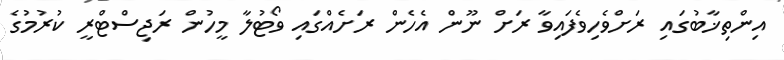
އިންތިޚާބުގައި ރަށްވެހިވެފައިވާ ރަށް ނޫން އެހެން ރަށެއްގައި ވޯޓުލާ މީހުން ރަޖިސްޓްރީ ކުރުމުގެ